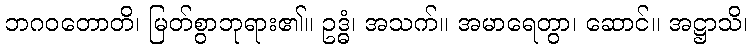
ဘဂဝတောတိ၊ မြတ်စွာဘုရား၏။ ဥဒ္ဓံ၊ အသက်။ အမာရေတွာ၊ ဆောင်။ အဋ္ဌာသိ၊